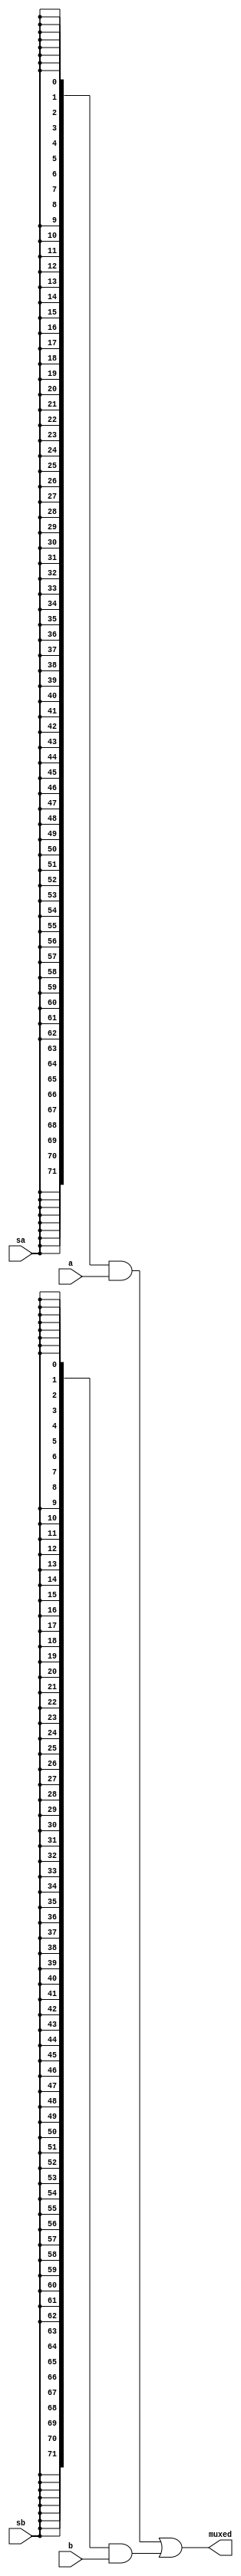
module Muxer (
   muxed,
   sa, sb, a, b
   );
   input 	 sa;
   input 	 sb;
   output wire [71:0] 	 muxed;
   input [71:0]  a;
   input [71:0]  b;
   assign	muxed = (({72{sa}} & a)
			 | ({72{sb}} & b));
endmodule